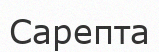
Сарепта